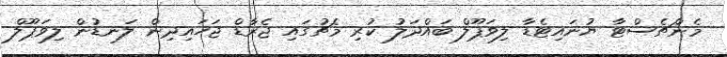
މެންޗެސްޓާ ޔުނައިޓެޑާ ލިވަޕޫލް ބައްދަލު ކުރި މެޗުގައި ޖެރާޑް ޖަހައިދިން ލަނޑުން ލިވަޕޫލް